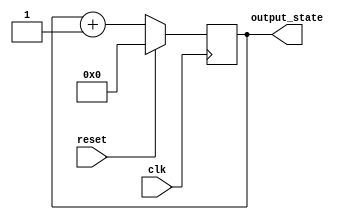
module synchronous_reset (
    input wire clk,          // Clock signal
    input wire reset,        // Synchronous reset signal
    output reg [7:0] output_state // Example output state (8 bits)
);

// Initial state value (can be changed if needed)
localparam INITIAL_VALUE = 8'b00000000;

always @(posedge clk) begin
    if (reset) begin
        // Synchronous reset: set output_state to initial value
        output_state <= INITIAL_VALUE;
    end else begin
        // Normal operation: update output_state based on some logic
        // Example logic: Increment output_state (can be replaced with any desired logic)
        output_state <= output_state + 1; 
    end
end

endmodule